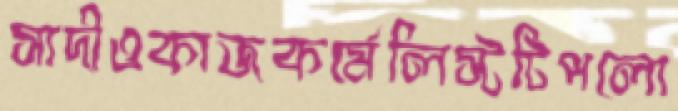
সাদীওকাজকর্মেলিস্টটিপলো